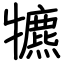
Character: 犥